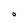
Character: 0